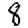
Digit: 8